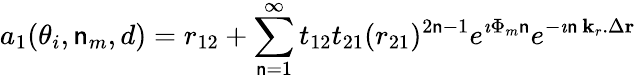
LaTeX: a_{1}(\theta_{i},\mathsf{n}_{m},d)=r_{12}+\sum_{\mathsf{n}=1}^{\infty}t_{12}t_{21}(r_{21})^{2\mathsf{n}-1}e^{\imath\Phi_{m}\mathsf{n}}e^{-\imath\mathsf{n}\, {\mathbf{k}_{r}}.\Delta{\mathbf{r}}}